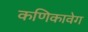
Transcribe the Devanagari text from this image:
कणिकावेग